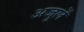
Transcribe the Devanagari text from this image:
अजुलें